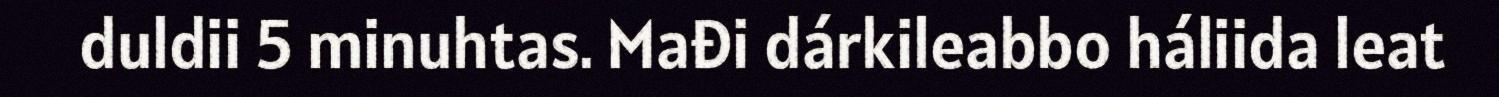
duldii 5 minuhtas. Mađi dárkileabbo háliida leat